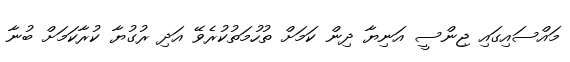
މައްސައިގައި ޖިންސީ އަނިޔާ ދިން ކަމަށް ތުހުމަތުކުރެވޭ އަދި ރުގުޔާ ކުރާކަމަށް ބުނާ